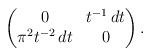
LaTeX: \begin{align*}\begin{pmatrix}0 & t^{-1}\,dt \\\pi^2 t^{-2}\,dt & 0 \end{pmatrix}.\end{align*}